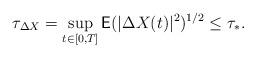
LaTeX: \begin{align*}\tau_{\Delta X} =\sup_{t \in [0,T]} \mathsf{E}(|\Delta X(t)|^2)^{1/2} \leq \tau_{*}.\end{align*}